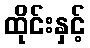
ထိုင်းနှင့်